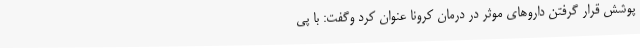
پوشش قرار گرفتن داروهای موثر در درمان کرونا عنوان کرد وگفت: با پی